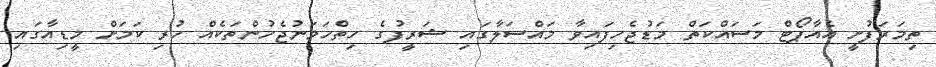
ތިމަރަފުށީ އެއާޕޯޓް މަސައްކަތް މަޑުޖެހިފައިވާ މައްސަލާގައި ޝަރީފުގެ ހިތްހަމަނުޖެހުންތަކެއް ހުރި ކަމަށް މީޑިއާގައި